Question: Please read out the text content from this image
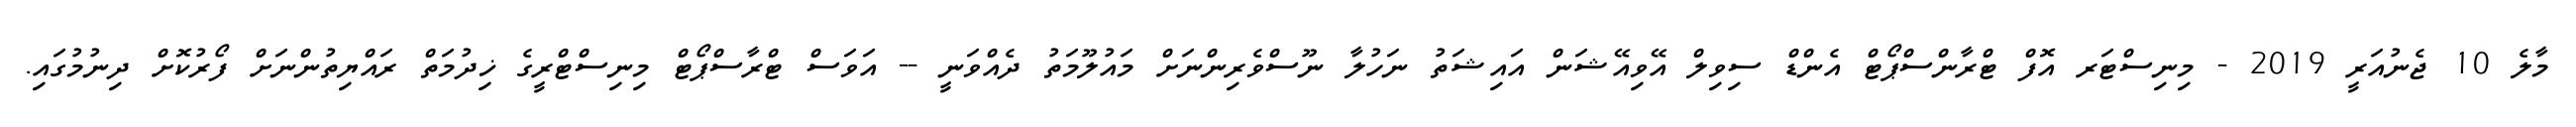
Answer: މާލެ 10 ޖެނުއަރީ 2019 - މިނިސްޓަރ އޮފް ޓްރާންސްޕޯޓް އެންޑް ސިވިލް އޭވިއޭޝަން އައިޝަތު ނަހުލާ ނޫސްވެރިންނަށް މައުލޫމަތު ދެއްވަނީ -- އަވަސް ޓްރާސްޕޯޓް މިނިސްޓްރީގެ ޚިދުމަތް ރައްޔިތުންނަށް ފޯރުކޮށް ދިނުމުގައި.